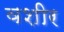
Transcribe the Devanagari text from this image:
वशीर